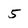
Character: 5